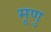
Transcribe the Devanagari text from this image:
मूणु